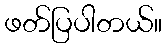
ဖတ်ပြပါတယ်။